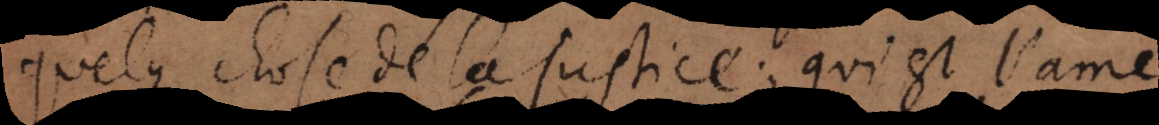
quelque chose de la justice; qui est l’ame